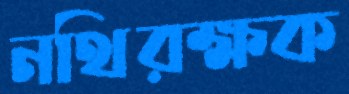
নথিরক্ষক